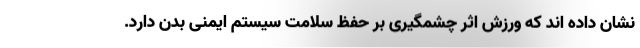
نشان داده اند که ورزش اثر چشمگیری بر حفظ سلامت سیستم ایمنی بدن دارد.